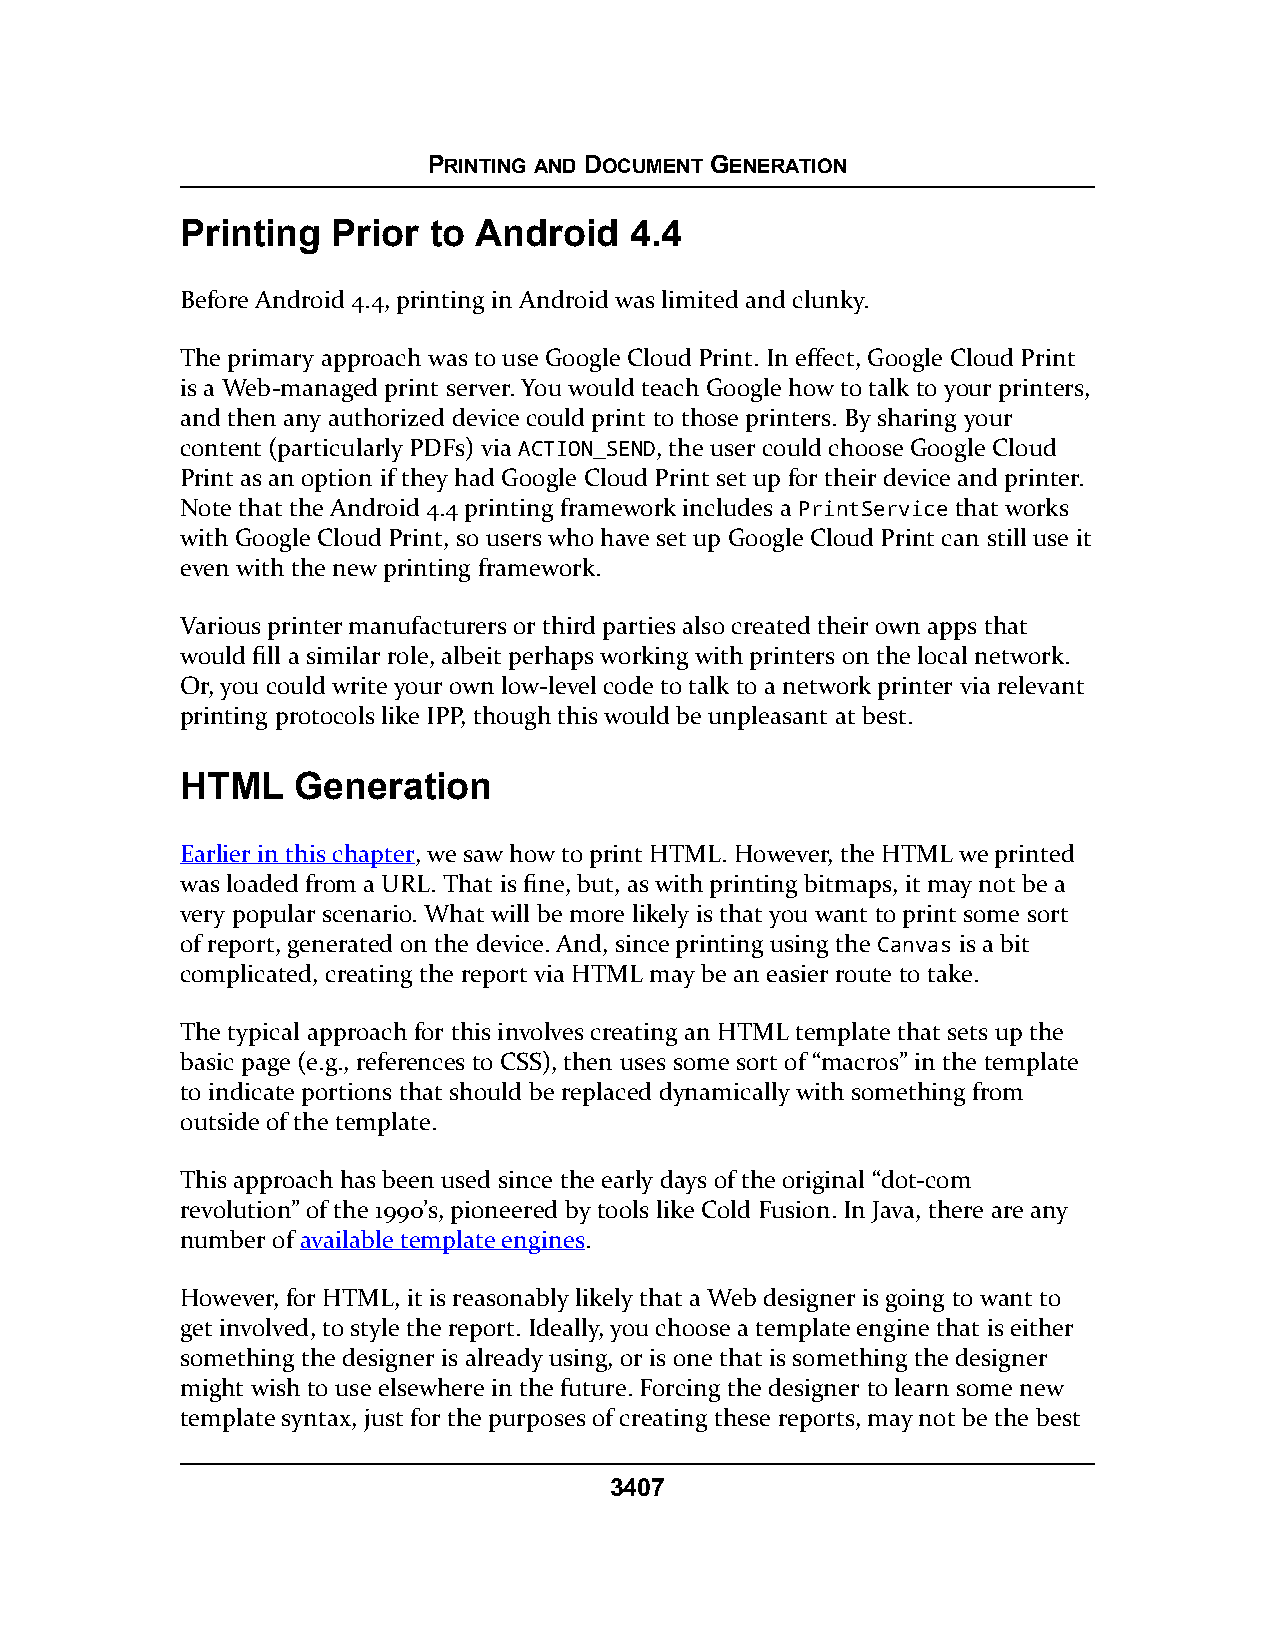
PRINTING AND DOCUMENT GENERATION
 Printing  Prior to Android    4.4
 Before Android 4.4, printing in Android was limited and clunky.
 The primary approach was to use Google Cloud Print. In effect, Google Cloud Print
 is a Web-managed print server. You would teach Google how to talk to your printers,
 and then any authorized device could print to those printers. By sharing your
 content (particularly PDFs) via ACTION_SEND, the user could choose Google Cloud
 Print as an option if they had Google Cloud Print set up for their device and printer.
 Note that the Android 4.4 printing framework includes a PrintService that works
 with Google Cloud Print, so users who have set up Google Cloud Print can still use it
 even with the new printing framework.
 Various printer manufacturers or third parties also created their own apps that
 would fill a similar role, albeit perhaps working with printers on the local network.
 Or, you could write your own low-level code to talk to a network printer via relevant
 printing protocols like IPP, though this would be unpleasant at best.
 HTML   Generation
 Earlier in this chapter, we saw how to print HTML. However, the HTML we printed
 was loaded from a URL. That is fine, but, as with printing bitmaps, it may not be a
 very popular scenario. What will be more likely is that you want to print some sort
 of report, generated on the device. And, since printing using the Canvas is a bit
 complicated, creating the report via HTML may be an easier route to take.
 The typical approach for this involves creating an HTML template that sets up the
 basic page (e.g., references to CSS), then uses some sort of “macros” in the template
 to indicate portions that should be replaced dynamically with something from
 outside of the template.
 This approach has been used since the early days of the original “dot-com
 revolution” of the 1990’s, pioneered by tools like Cold Fusion. In Java, there are any
 number of available template engines.
 However, for HTML, it is reasonably likely that a Web designer is going to want to
 get involved, to style the report. Ideally, you choose a template engine that is either
 something the designer is already using, or is one that is something the designer
 might wish to use elsewhere in the future. Forcing the designer to learn some new
 template syntax, just for the purposes of creating these reports, may not be the best
 3407